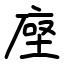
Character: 𫝷